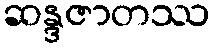
ဆန္ဒဇာတဿ